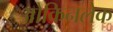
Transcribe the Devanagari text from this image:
ओकिनलेक